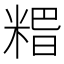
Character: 𥺸